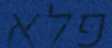
פלא